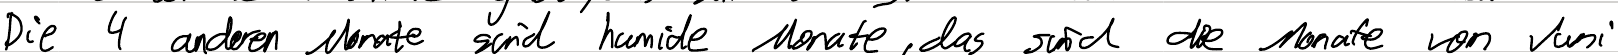
Die 4 anderen Monate sind humide Monate, das sin die Monate von Juni